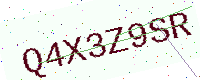
Text: Q4X3Z9SR